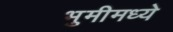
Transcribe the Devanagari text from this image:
भुमीमध्ये